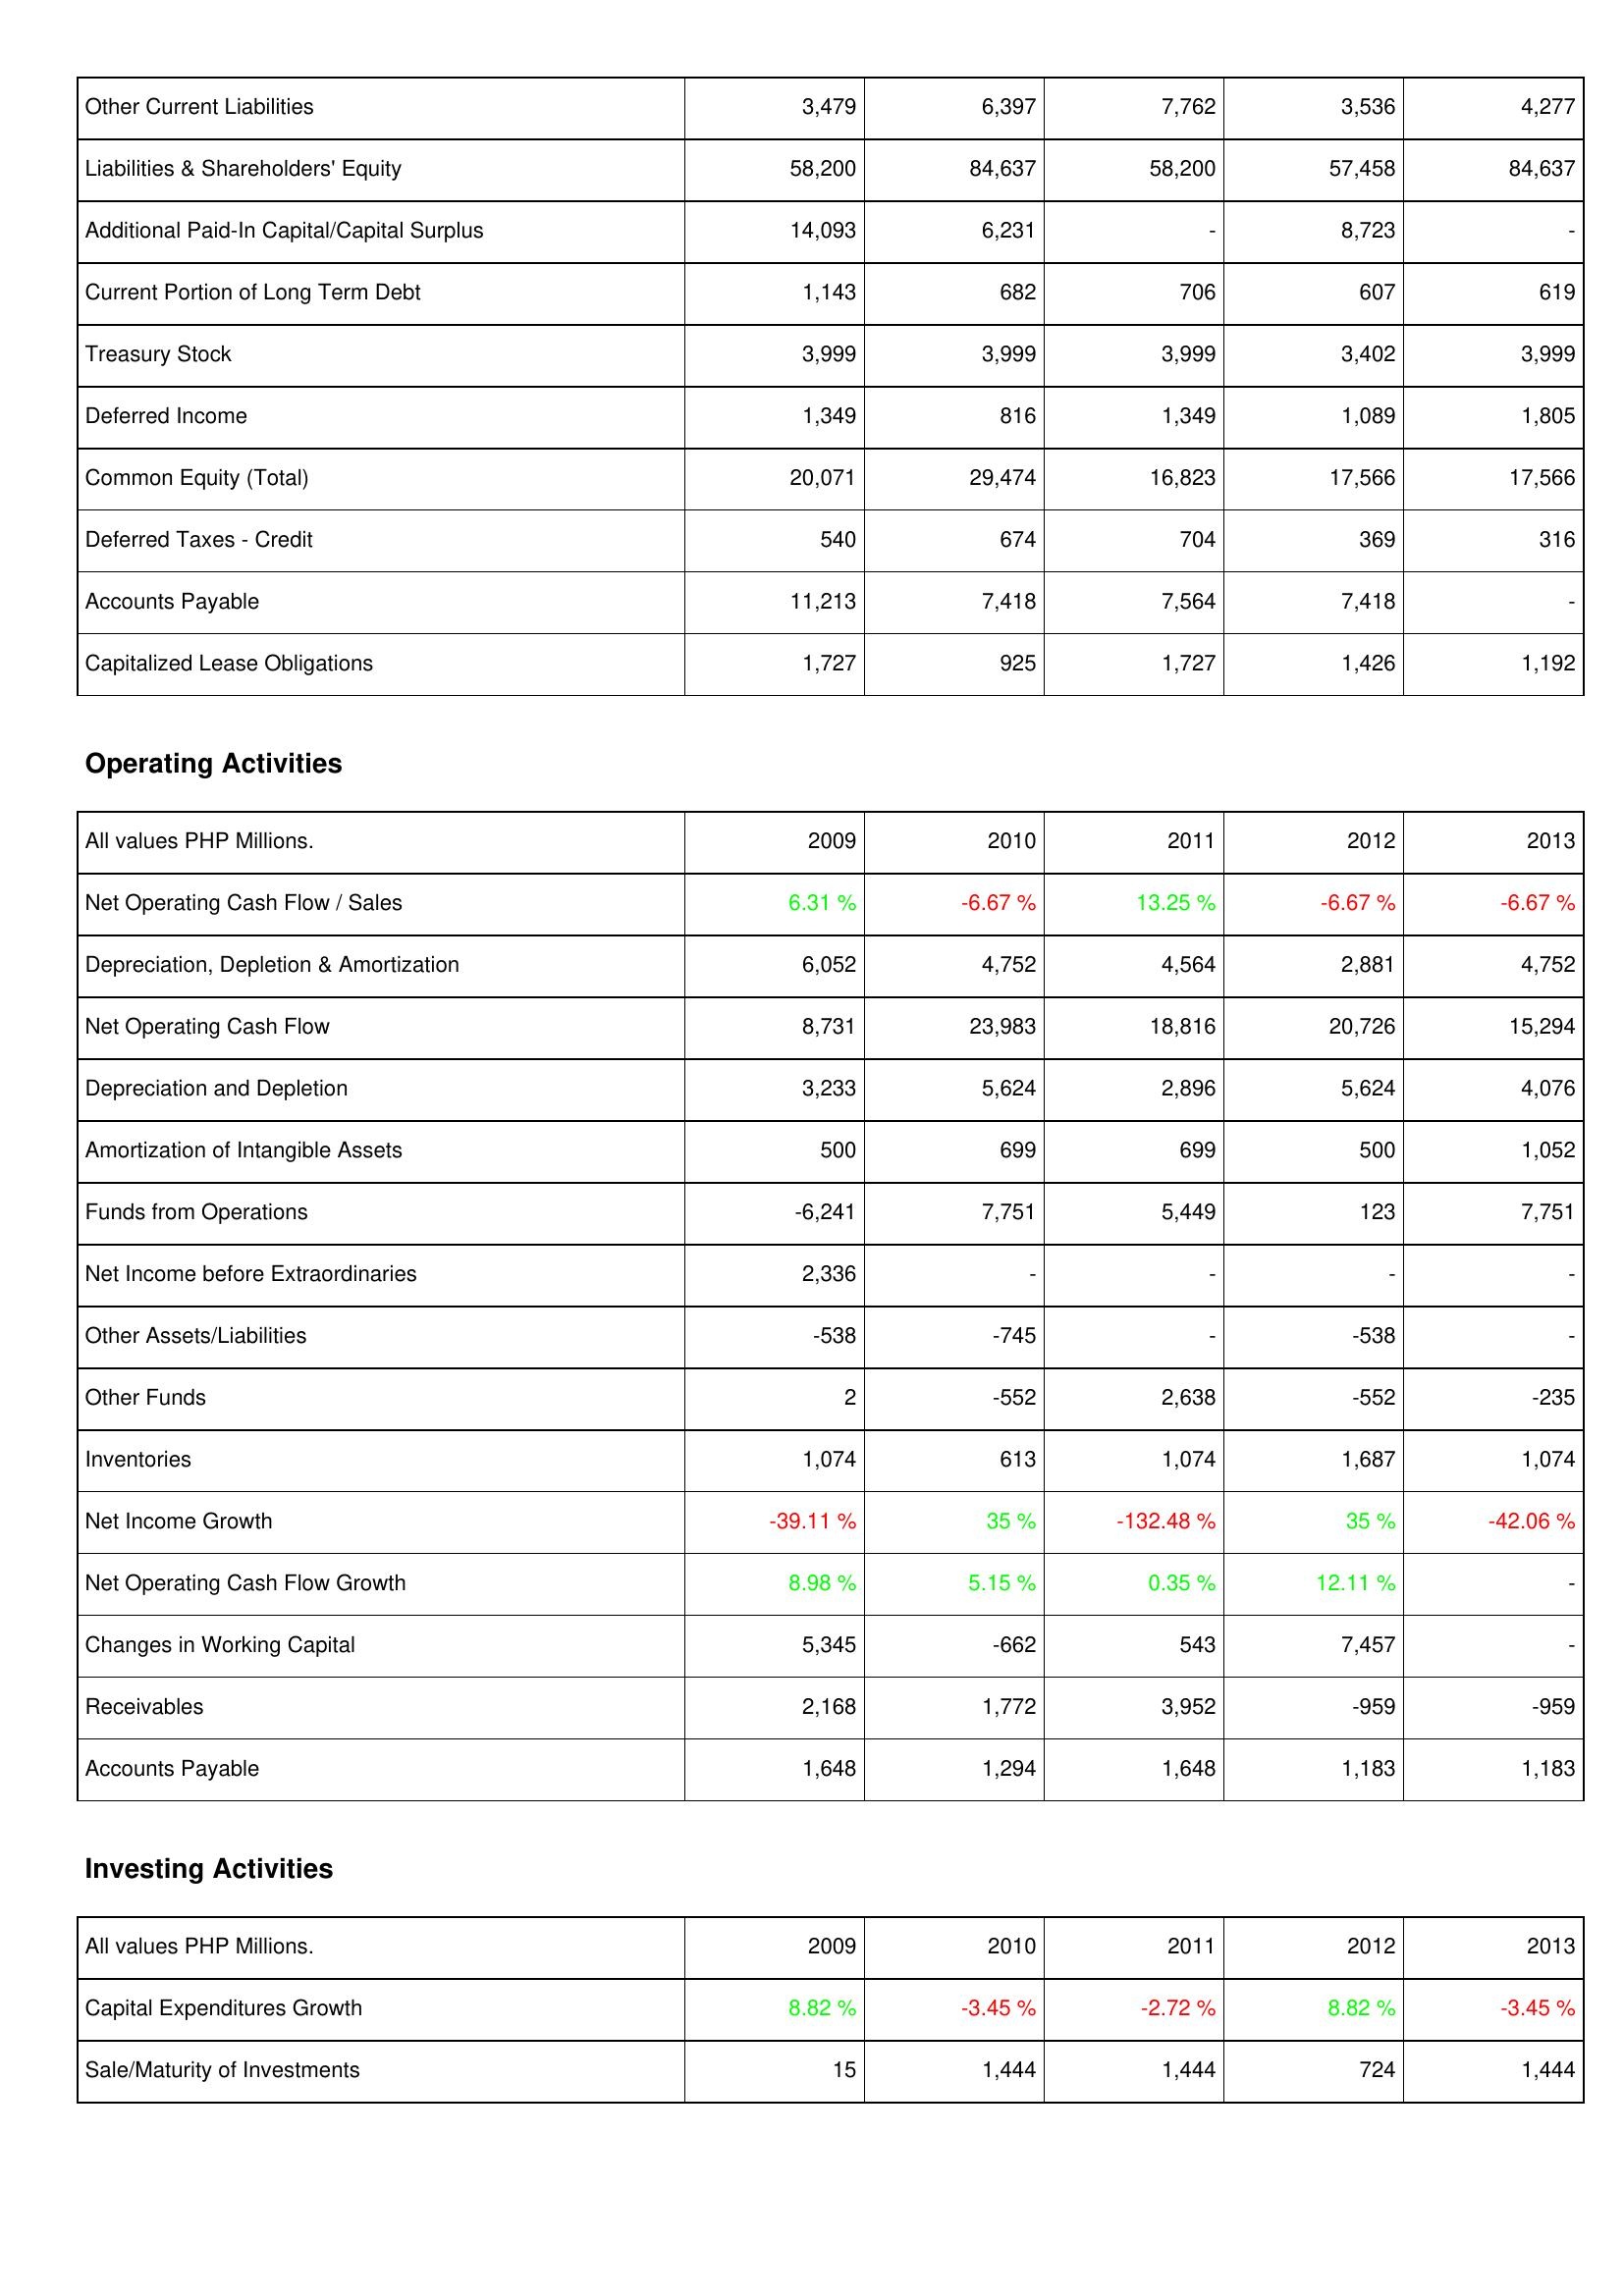
2009: Liabilities & Shareholders' Equity: Other Current Liabilities: 3,479
Liabilities & Shareholders' Equity: 58,200
Additional Paid-In Capital/Capital Surplus: 14,093
Current Portion of Long Term Debt: 1,143
Treasury Stock: 3,999
Deferred Income: 1,349
Common Equity (Total): 20,071
Deferred Taxes - Credit: 540
Accounts Payable: 11,213
Capitalized Lease Obligations: 1,727
Operating Activities: Net Operating Cash Flow / Sales: 6.31 %
Depreciation, Depletion & Amortization: 6,052
Net Operating Cash Flow: 8,731
Depreciation and Depletion: 3,233
Amortization of Intangible Assets: 500
Funds from Operations: -6,241
Net Income before Extraordinaries: 2,336
Other Assets/Liabilities: -538
Other Funds: 2
Inventories: 1,074
Net Income Growth: -39.11 %
Net Operating Cash Flow Growth: 8.98 %
Changes in Working Capital: 5,345
Receivables: 2,168
Accounts Payable: 1,648
Investing Activities: Capital Expenditures Growth: 8.82 %
Sale/Maturity of Investments: 15
2010: Liabilities & Shareholders' Equity: Other Current Liabilities: 6,397
Liabilities & Shareholders' Equity: 84,637
Additional Paid-In Capital/Capital Surplus: 6,231
Current Portion of Long Term Debt: 682
Treasury Stock: 3,999
Deferred Income: 816
Common Equity (Total): 29,474
Deferred Taxes - Credit: 674
Accounts Payable: 7,418
Capitalized Lease Obligations: 925
Operating Activities: Net Operating Cash Flow / Sales: -6.67 %
Depreciation, Depletion & Amortization: 4,752
Net Operating Cash Flow: 23,983
Depreciation and Depletion: 5,624
Amortization of Intangible Assets: 699
Funds from Operations: 7,751
Net Income before Extraordinaries: -
Other Assets/Liabilities: -745
Other Funds: -552
Inventories: 613
Net Income Growth: 35 %
Net Operating Cash Flow Growth: 5.15 %
Changes in Working Capital: -662
Receivables: 1,772
Accounts Payable: 1,294
Investing Activities: Capital Expenditures Growth: -3.45 %
Sale/Maturity of Investments: 1,444
2011: Liabilities & Shareholders' Equity: Other Current Liabilities: 7,762
Liabilities & Shareholders' Equity: 58,200
Additional Paid-In Capital/Capital Surplus: -
Current Portion of Long Term Debt: 706
Treasury Stock: 3,999
Deferred Income: 1,349
Common Equity (Total): 16,823
Deferred Taxes - Credit: 704
Accounts Payable: 7,564
Capitalized Lease Obligations: 1,727
Operating Activities: Net Operating Cash Flow / Sales: 13.25 %
Depreciation, Depletion & Amortization: 4,564
Net Operating Cash Flow: 18,816
Depreciation and Depletion: 2,896
Amortization of Intangible Assets: 699
Funds from Operations: 5,449
Net Income before Extraordinaries: -
Other Assets/Liabilities: -
Other Funds: 2,638
Inventories: 1,074
Net Income Growth: -132.48 %
Net Operating Cash Flow Growth: 0.35 %
Changes in Working Capital: 543
Receivables: 3,952
Accounts Payable: 1,648
Investing Activities: Capital Expenditures Growth: -2.72 %
Sale/Maturity of Investments: 1,444
2012: Liabilities & Shareholders' Equity: Other Current Liabilities: 3,536
Liabilities & Shareholders' Equity: 57,458
Additional Paid-In Capital/Capital Surplus: 8,723
Current Portion of Long Term Debt: 607
Treasury Stock: 3,402
Deferred Income: 1,089
Common Equity (Total): 17,566
Deferred Taxes - Credit: 369
Accounts Payable: 7,418
Capitalized Lease Obligations: 1,426
Operating Activities: Net Operating Cash Flow / Sales: -6.67 %
Depreciation, Depletion & Amortization: 2,881
Net Operating Cash Flow: 20,726
Depreciation and Depletion: 5,624
Amortization of Intangible Assets: 500
Funds from Operations: 123
Net Income before Extraordinaries: -
Other Assets/Liabilities: -538
Other Funds: -552
Inventories: 1,687
Net Income Growth: 35 %
Net Operating Cash Flow Growth: 12.11 %
Changes in Working Capital: 7,457
Receivables: -959
Accounts Payable: 1,183
Investing Activities: Capital Expenditures Growth: 8.82 %
Sale/Maturity of Investments: 724
2013: Liabilities & Shareholders' Equity: Other Current Liabilities: 4,277
Liabilities & Shareholders' Equity: 84,637
Additional Paid-In Capital/Capital Surplus: -
Current Portion of Long Term Debt: 619
Treasury Stock: 3,999
Deferred Income: 1,805
Common Equity (Total): 17,566
Deferred Taxes - Credit: 316
Accounts Payable: -
Capitalized Lease Obligations: 1,192
Operating Activities: Net Operating Cash Flow / Sales: -6.67 %
Depreciation, Depletion & Amortization: 4,752
Net Operating Cash Flow: 15,294
Depreciation and Depletion: 4,076
Amortization of Intangible Assets: 1,052
Funds from Operations: 7,751
Net Income before Extraordinaries: -
Other Assets/Liabilities: -
Other Funds: -235
Inventories: 1,074
Net Income Growth: -42.06 %
Net Operating Cash Flow Growth: -
Changes in Working Capital: -
Receivables: -959
Accounts Payable: 1,183
Investing Activities: Capital Expenditures Growth: -3.45 %
Sale/Maturity of Investments: 1,444